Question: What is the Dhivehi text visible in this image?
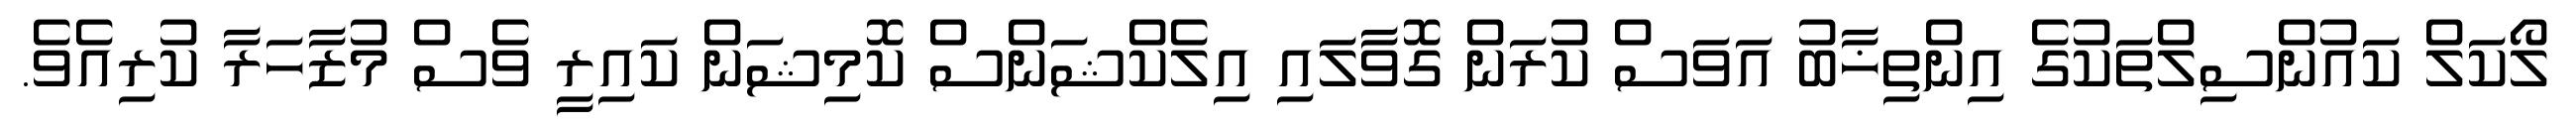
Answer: ލޯކަލް ކައުންސިލްތަކުގެ އިންތިޚާބު އަވަސް ކުރަން ގޮވާލައި އިލެކްޝަންސް ކޮމިޝަން ކައިރީ ވެސް މުޒާހަރާ ކުރިއެވެ.